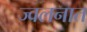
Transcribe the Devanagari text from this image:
ज्वलनात